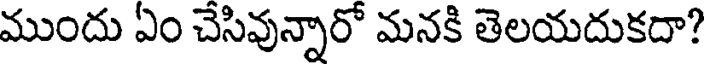
ముందు ఏం చేసివున్నారో మనకి తెలయదుకదా?